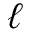
\ell